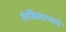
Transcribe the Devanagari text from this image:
संबिलानाचे